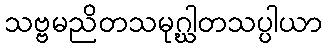
သဗ္ဗမညိတသမုဂ္ဃါတသပ္ပါယာ